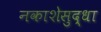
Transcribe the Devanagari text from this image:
नकाशेसुद्धा